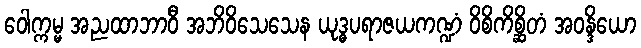
ဝေါက္ကမ္မ အညထာဘာဝီ အဘိဝိသေသေန ယုဒ္ဓပရာဇယကဏ္ဍံ ဝိစိကိစ္ဆိတံ အဝန္ဒိယော